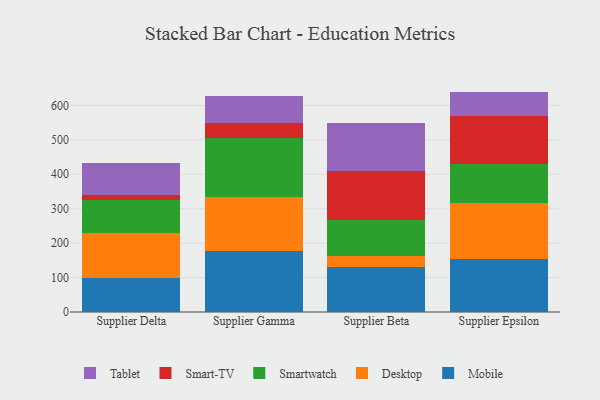
{"axis": {"x": "Supplier", "y": "Conversion Rate (%)"}, "legend": ["Desktop", "Mobile", "Smart-TV", "Smartwatch", "Tablet"], "data": [{"x": "Supplier Delta", "y": 99.8, "type": "Mobile"}, {"x": "Supplier Delta", "y": 128.8, "type": "Desktop"}, {"x": "Supplier Delta", "y": 97.1, "type": "Smartwatch"}, {"x": "Supplier Delta", "y": 14.8, "type": "Smart-TV"}, {"x": "Supplier Delta", "y": 90.9, "type": "Tablet"}, {"x": "Supplier Gamma", "y": 178.6, "type": "Mobile"}, {"x": "Supplier Gamma", "y": 155.6, "type": "Desktop"}, {"x": "Supplier Gamma", "y": 170.9, "type": "Smartwatch"}, {"x": "Supplier Gamma", "y": 44.6, "type": "Smart-TV"}, {"x": "Supplier Gamma", "y": 79.0, "type": "Tablet"}, {"x": "Supplier Beta", "y": 129.6, "type": "Mobile"}, {"x": "Supplier Beta", "y": 32.3, "type": "Desktop"}, {"x": "Supplier Beta", "y": 104.9, "type": "Smartwatch"}, {"x": "Supplier Beta", "y": 142.2, "type": "Smart-TV"}, {"x": "Supplier Beta", "y": 140.0, "type": "Tablet"}, {"x": "Supplier Epsilon", "y": 155.2, "type": "Mobile"}, {"x": "Supplier Epsilon", "y": 162.2, "type": "Desktop"}, {"x": "Supplier Epsilon", "y": 112.1, "type": "Smartwatch"}, {"x": "Supplier Epsilon", "y": 140.9, "type": "Smart-TV"}, {"x": "Supplier Epsilon", "y": 69.8, "type": "Tablet"}]}